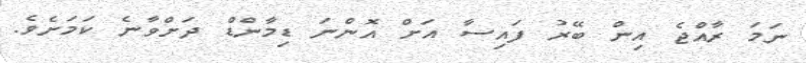
ނަމަ ރާއްޖެ އިން ބޭރު ފައިސާ އަށް އޮންނަ ޑިމާންޑް ދަށްވާނެ ކަމަށެވެ.